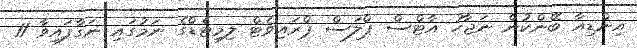
އިންޑިއާ ބޭންކުން ނަޖާހު އާޓްސް ޕްލަސް ޕްރައިވެޓް ލިމިޓެޑްގެ ނަމުގައި ނަގާފައިވާ 11